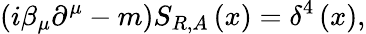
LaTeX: \left(i\beta_{\mu}\partial^{\mu}-m\right)S_{R,A}\left(x\right)=\delta^{4}\left(x\right),